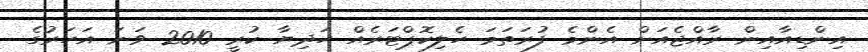
އިންޑިއާއިން ރާއްޖެއަށް އެންމެ ފުރަތަމަ ހެލިކޮޕްޓަރެއް ހަދިޔާ ކުރީ 2010 ވަނަ އަހަރުގެ